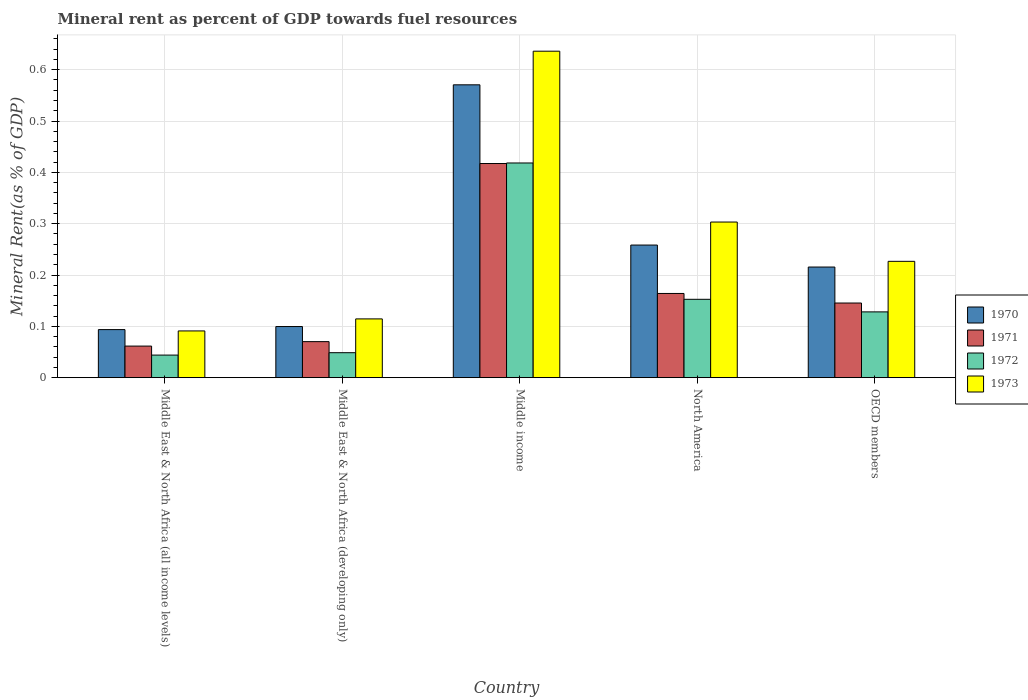
| Country | 1970 | 1971 | 1972 | 1973 |
 | --- | --- | --- | --- | --- |
 | Middle East & North Africa (all income levels) | 0.0936 | 0.0615 | 0.044 | 0.091 |
 | Middle East & North Africa (developing only) | 0.0996 | 0.0702 | 0.0487 | 0.114 |
 | Middle income | 0.571 | 0.417 | 0.418 | 0.636 |
 | North America | 0.258 | 0.164 | 0.153 | 0.303 |
 | OECD members | 0.216 | 0.145 | 0.128 | 0.227 |